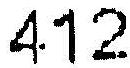
412